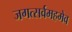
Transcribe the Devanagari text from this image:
जगत्सर्वमहमेव